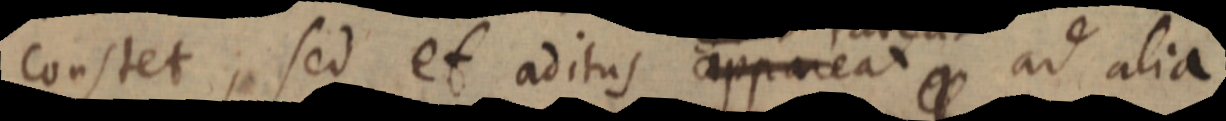
constet, sed et aditus apparea ad alia